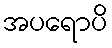
အပရောပိ